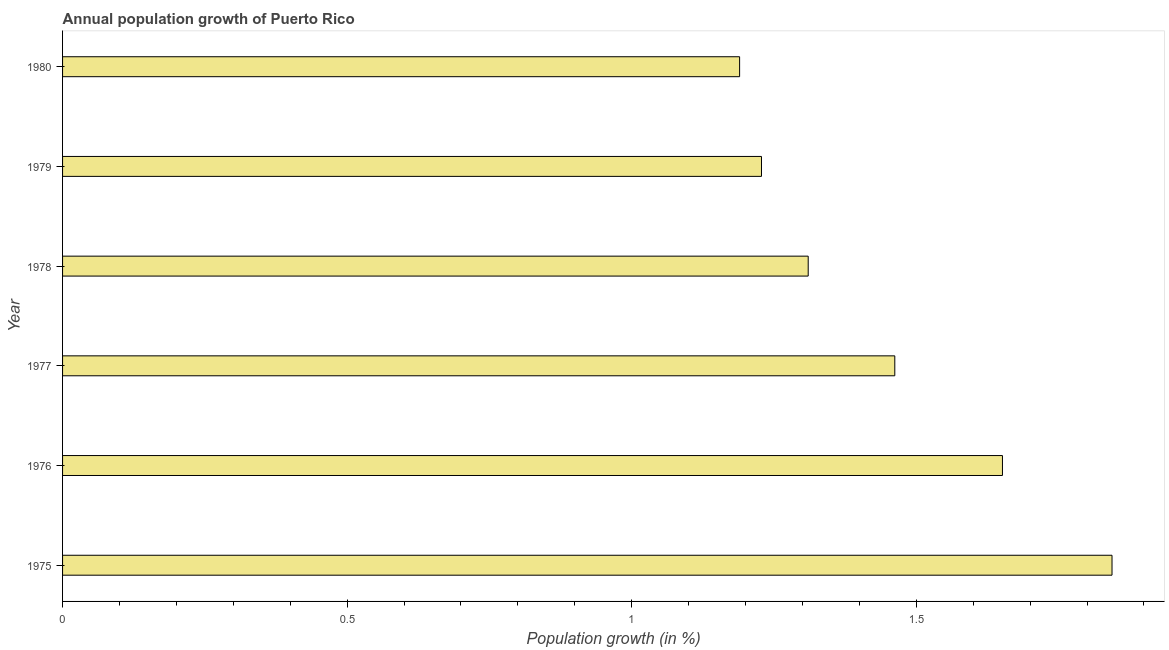
| Year | Population growth |
 | --- | --- |
 | 1975 | 1.84 |
 | 1976 | 1.65 |
 | 1977 | 1.46 |
 | 1978 | 1.31 |
 | 1979 | 1.23 |
 | 1980 | 1.19 |